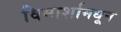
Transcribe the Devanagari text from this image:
विमार्शामधून